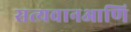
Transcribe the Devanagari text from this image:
सत्यवानआणि